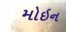
મોઇન